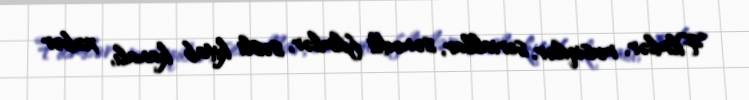
Filmlər, musiqilər, seriallar, sənədli filmlər, səsli kitab kanalı, xəbər